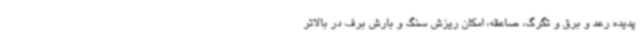
پدیده رعد و برق و تگرگ، صاعقه، امکان ریزش سنگ و بارش برف در بالاتر